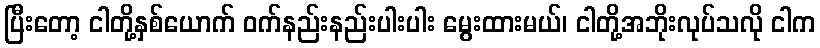
ပြီးတော့ ငါတို့နှစ်ယောက် ဝက်နည်းနည်းပါးပါး မွေးထားမယ်၊ ငါတို့အဘိုးလုပ်သလို ငါက